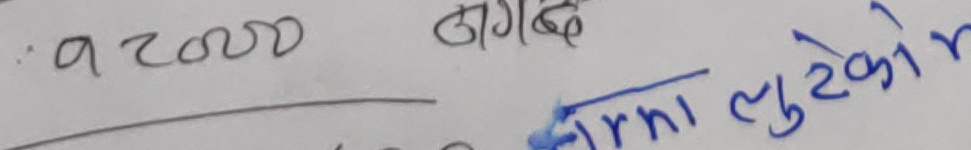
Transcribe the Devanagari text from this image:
: 9८००० जगेको
लुटेको